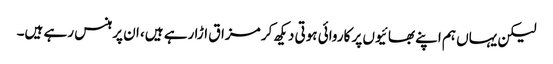
لیکن یہاں ہم اپنے بھائیوں پر کاروائی ہوتی دیکھ کر مزاق اڑا رہے ہیں، ان پر ہنس رہے ہیں۔